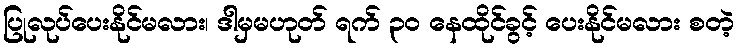
ပြုလုပ်ပေးနိုင်မလား၊ ဒါမှမဟုတ် ရက် ၃၀ နေထိုင်ခွင့် ပေးနိုင်မလား စတဲ့